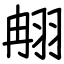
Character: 䎃